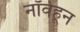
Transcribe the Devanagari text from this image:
नॉर्वेहून